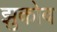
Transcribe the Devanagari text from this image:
झुकोव